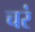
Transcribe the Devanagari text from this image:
चरं